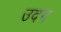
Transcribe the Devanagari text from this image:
उदग